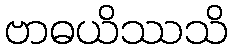
ဗာဓယိဿသိ